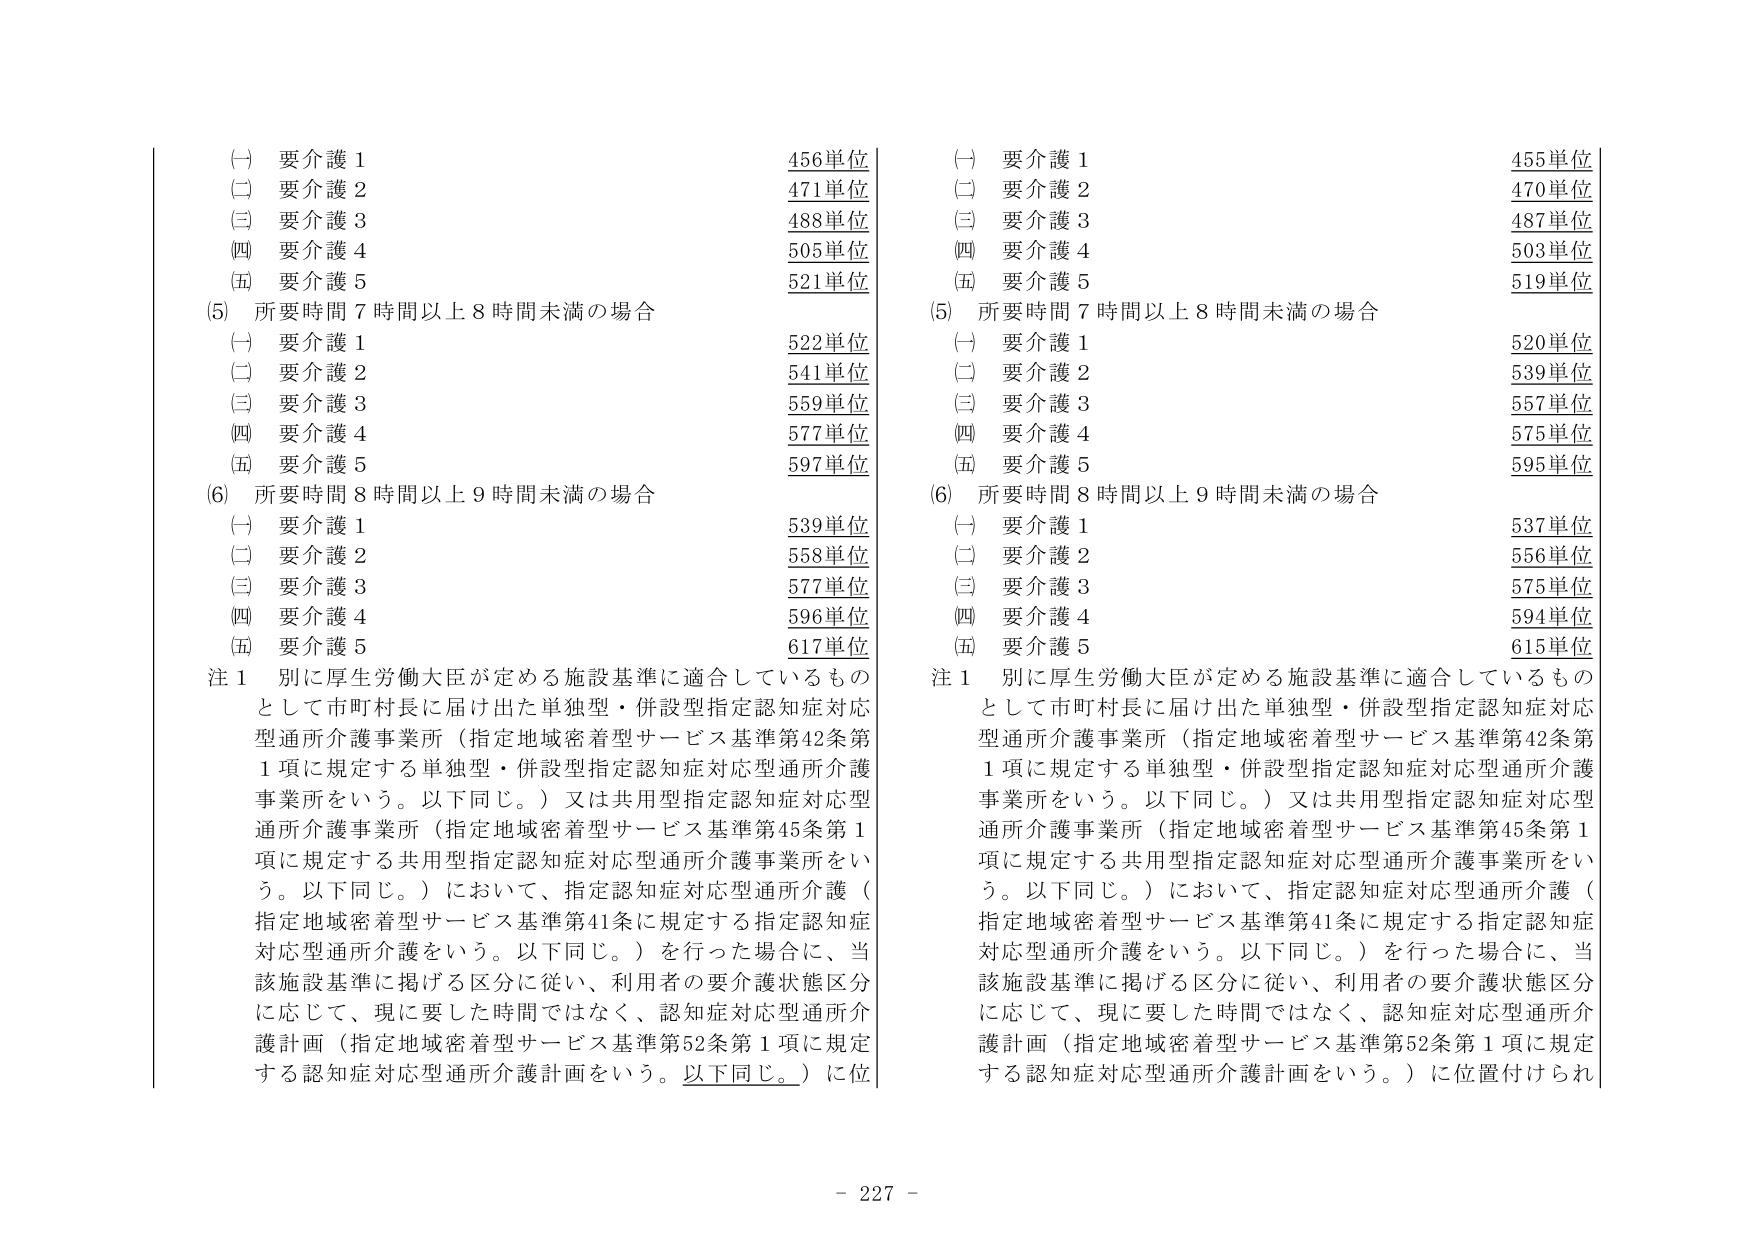
(一) 要介護１ 456単位
(二) 要介護２ 471単位
(三) 要介護３ 488単位
(四) 要介護４ 505単位
(五) 要介護５ 521単位

(5) 所要時間７時間以上８時間未満の場合
(一) 要介護１ 522単位
(二) 要介護２ 541単位
(三) 要介護３ 559単位
(四) 要介護４ 577単位
(五) 要介護５ 597単位

(6) 所要時間８時間以上９時間未満の場合
(一) 要介護１ 539単位
(二) 要介護２ 558単位
(三) 要介護３ 577単位
(四) 要介護４ 596単位
(五) 要介護５ 617単位

注１ 別に厚生労働大臣が定める施設基準に適合しているものとして市町村長に届け出た単独型・併設型指定認知症対応型通所介護事業所（指定地域密着型サービス基準第42条第1項に規定する単独型・併設型指定認知症対応型通所介護事業所をいう。以下同じ。）又は共用型指定認知症対応型通所介護事業所（指定地域密着型サービス基準第45条第1項に規定する共用型指定認知症対応型通所介護事業所をいう。以下同じ。）において、指定認知症対応型通所介護（指定地域密着型サービス基準第41条に規定する指定認知症対応型通所介護をいう。以下同じ。）を行った場合に、当該施設基準に掲げる区分に従い、利用者の要介護状態区分に応じて、現に要した時間ではなく、認知症対応型通所介護計画（指定地域密着型サービス基準第52条第1項に規定する認知症対応型通所介護計画をいう。以下同じ。）に位

(一) 要介護１ 455単位
(二) 要介護２ 470単位
(三) 要介護３ 487単位
(四) 要介護４ 503単位
(五) 要介護５ 519単位

(5) 所要時間７時間以上８時間未満の場合
(一) 要介護１ 520単位
(二) 要介護２ 539単位
(三) 要介護３ 557単位
(四) 要介護４ 575単位
(五) 要介護５ 595単位

(6) 所要時間８時間以上９時間未満の場合
(一) 要介護１ 537単位
(二) 要介護２ 556単位
(三) 要介護３ 575単位
(四) 要介護４ 594単位
(五) 要介護５ 615単位

注１ 別に厚生労働大臣が定める施設基準に適合しているものとして市町村長に届け出た単独型・併設型指定認知症対応型通所介護事業所（指定地域密着型サービス基準第42条第1項に規定する単独型・併設型指定認知症対応型通所介護事業所をいう。以下同じ。）又は共用型指定認知症対応型通所介護事業所（指定地域密着型サービス基準第45条第1項に規定する共用型指定認知症対応型通所介護事業所をいう。以下同じ。）において、指定認知症対応型通所介護（指定地域密着型サービス基準第41条に規定する指定認知症対応型通所介護をいう。以下同じ。）を行った場合に、当該施設基準に掲げる区分に従い、利用者の要介護状態区分に応じて、現に要した時間ではなく、認知症対応型通所介護計画（指定地域密着型サービス基準第52条第1項に規定する認知症対応型通所介護計画をいう。）に位置付けられ

- 227 -